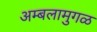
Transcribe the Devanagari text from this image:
अम्बलामुगळ